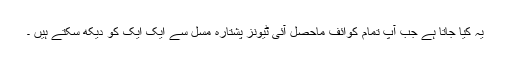
یہ کیا جاتا ہے جب آپ تمام کوائف ماحصل آئی ٹیونز پشتارہ مسل سے ایک ایک کو دیکھ سکتے ہیں ۔